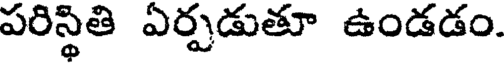
పరిస్థితి ఏర్పడుతూ ఉండడం.